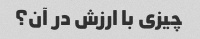
چیزی با ارزش در آن؟